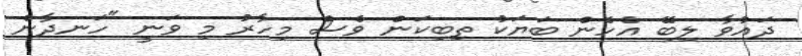
ދައުވާ ލިބޭ އެހެން ބަޔަކު ތިބިކަން ވެސް މިހާރު މި ވަނީ "ހަނދާން